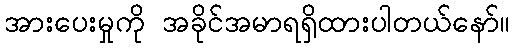
အားပေးမှုကို အခိုင်အမာရရှိထားပါတယ်နော်။